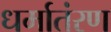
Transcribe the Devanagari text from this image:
धर्मातंरण